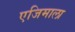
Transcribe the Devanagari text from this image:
एजिमाला